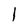
Character: l